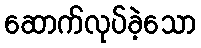
ဆောက်လုပ်ခဲ့သော